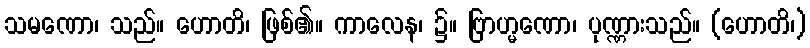
သမဏော၊ သည်။ ဟောတိ၊ ဖြစ်၏။ ကာလေန၊ ၌။ ဗြာဟ္မဏော၊ ပုဏ္ဏားသည်။ (ဟောတိ၊)